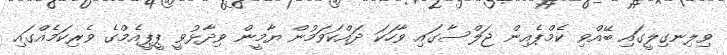
ވިލިނގިލީގައި ބޭއްވި ކެމްޕެއިން ޖަލްސާގައި ވާހަކަ ދައްކަވަމުން ޔާމީން ވިދާޅުވީ ޕީޕީއެމްގެ ވެރިކަމެއްގައި